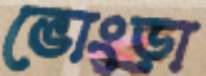
ভোংড়া